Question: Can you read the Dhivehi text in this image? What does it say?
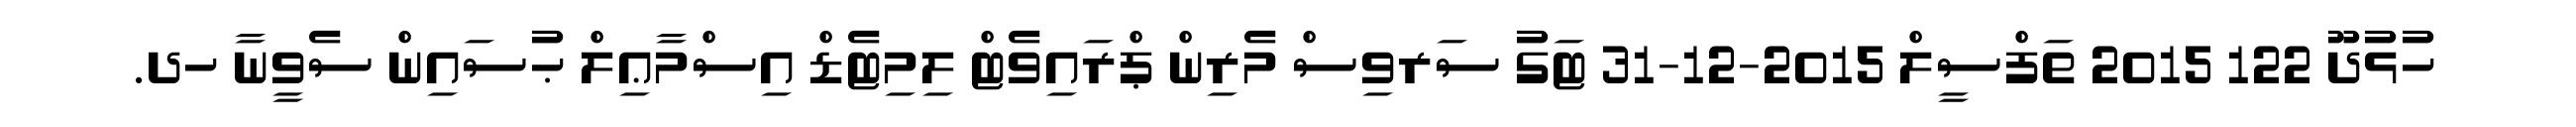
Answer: ހުޅުދޫ 122 2015 ތަފްސީލް 2015-12-31 ޓަގު ސަރވިސް މެރިން ޕްރައިވެޓް ލިމިޓެޑް އިސްމާޢިލް ޙުސައިން ސެވީނާ ހދ.